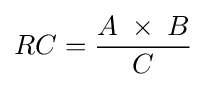
RC={\frac {A\;\times \;B}{C}}